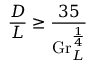
{ \frac { D } { L } } \geq { \frac { 3 5 } { \mathrm { G r } _ { L } ^ { \frac { 1 } { 4 } } } }